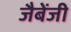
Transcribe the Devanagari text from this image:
जैबेंजी